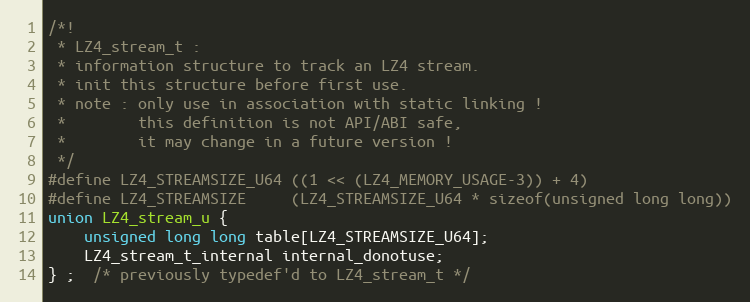
Language: C
/*!
 * LZ4_stream_t :
 * information structure to track an LZ4 stream.
 * init this structure before first use.
 * note : only use in association with static linking !
 *        this definition is not API/ABI safe,
 *        it may change in a future version !
 */
#define LZ4_STREAMSIZE_U64 ((1 << (LZ4_MEMORY_USAGE-3)) + 4)
#define LZ4_STREAMSIZE     (LZ4_STREAMSIZE_U64 * sizeof(unsigned long long))
union LZ4_stream_u {
    unsigned long long table[LZ4_STREAMSIZE_U64];
    LZ4_stream_t_internal internal_donotuse;
} ;  /* previously typedef'd to LZ4_stream_t */